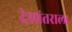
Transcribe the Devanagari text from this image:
देशांतराला